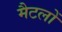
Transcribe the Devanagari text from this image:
मैटलों